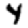
Digit: 4